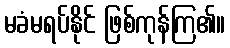
မခံမရပ်နိုင် ဖြစ်ကုန်ကြ၏။